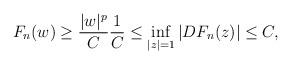
LaTeX: \begin{align*}F_n(w)\ge \frac{|w|^{p}}{C} \frac{1}{C} \le \inf_{|z|=1} |DF_n(z)|\le C,\end{align*}